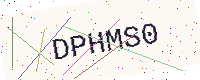
Text: DPHMS0